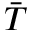
\bar { T }